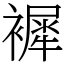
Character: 䙙